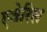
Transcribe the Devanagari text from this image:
एवेरिस